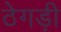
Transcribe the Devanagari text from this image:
ठेगड़ी